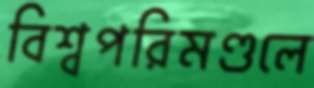
বিশ্বপরিমণ্ডলে